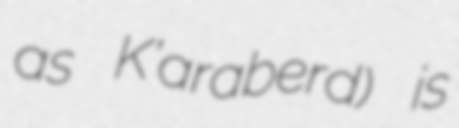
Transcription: as K’araberd) is